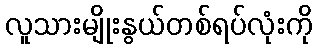
လူသားမျိုးနွယ်တစ်ရပ်လုံးကို